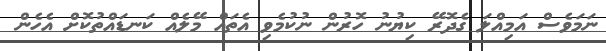
ނަމަވެސް އަމިއްލަ ގެދޮރޭ ކިޔުނު ހޮރުން ނުކުމެވި އެތައް މޭލެއް ކަނޑައްތުކޮށް އެހެން